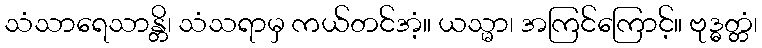
သံသာရေသာန္တိ၊ သံသရာမှ ကယ်တင်အံ့။ ယသ္မာ၊ အကြင်ကြောင့်။ ဗုဒ္ဓတ္တံ၊